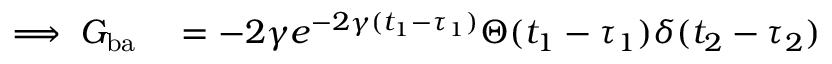
\begin{array} { r l } { \implies G _ { \mathrm { b a } } } & { { } = - 2 \gamma e ^ { - 2 \gamma ( t _ { 1 } - \tau _ { 1 } ) } \Theta ( t _ { 1 } - \tau _ { 1 } ) \delta ( t _ { 2 } - \tau _ { 2 } ) } \end{array}